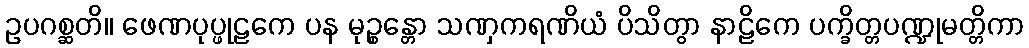
ဥပဂစ္ဆတိ။ ဖေဏပုပ္ဖုဠကေ ပန မုဉ္စန္တော သဏှကရဏိယံ ပိသိတွာ နာဠိကေ ပက္ခိတ္တပဏ္ဍုမတ္တိကာ